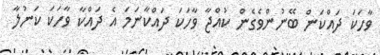
ވާހަކަ ދައްކަން ބޭނުންވެގެން ކުއްޖާ ވާހަކަ ދައްކާނަމަ އެ ދައްކާ ވާހަކަ ކަނުލާ